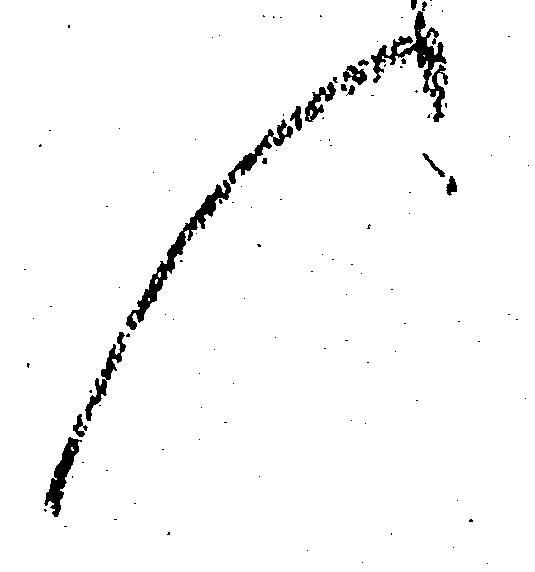
候